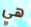
هي